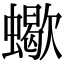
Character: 蠍